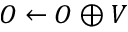
O \leftarrow O \oplus V